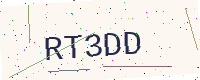
Text: RT3DD